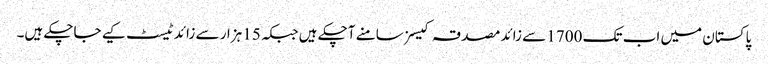
پاکستان میں اب تک 1700 سے زائد مصدقہ کیسز سامنے آچکے ہیں جبکہ 15 ہزار سے زائد ٹیسٹ کیے جاچکے ہیں۔